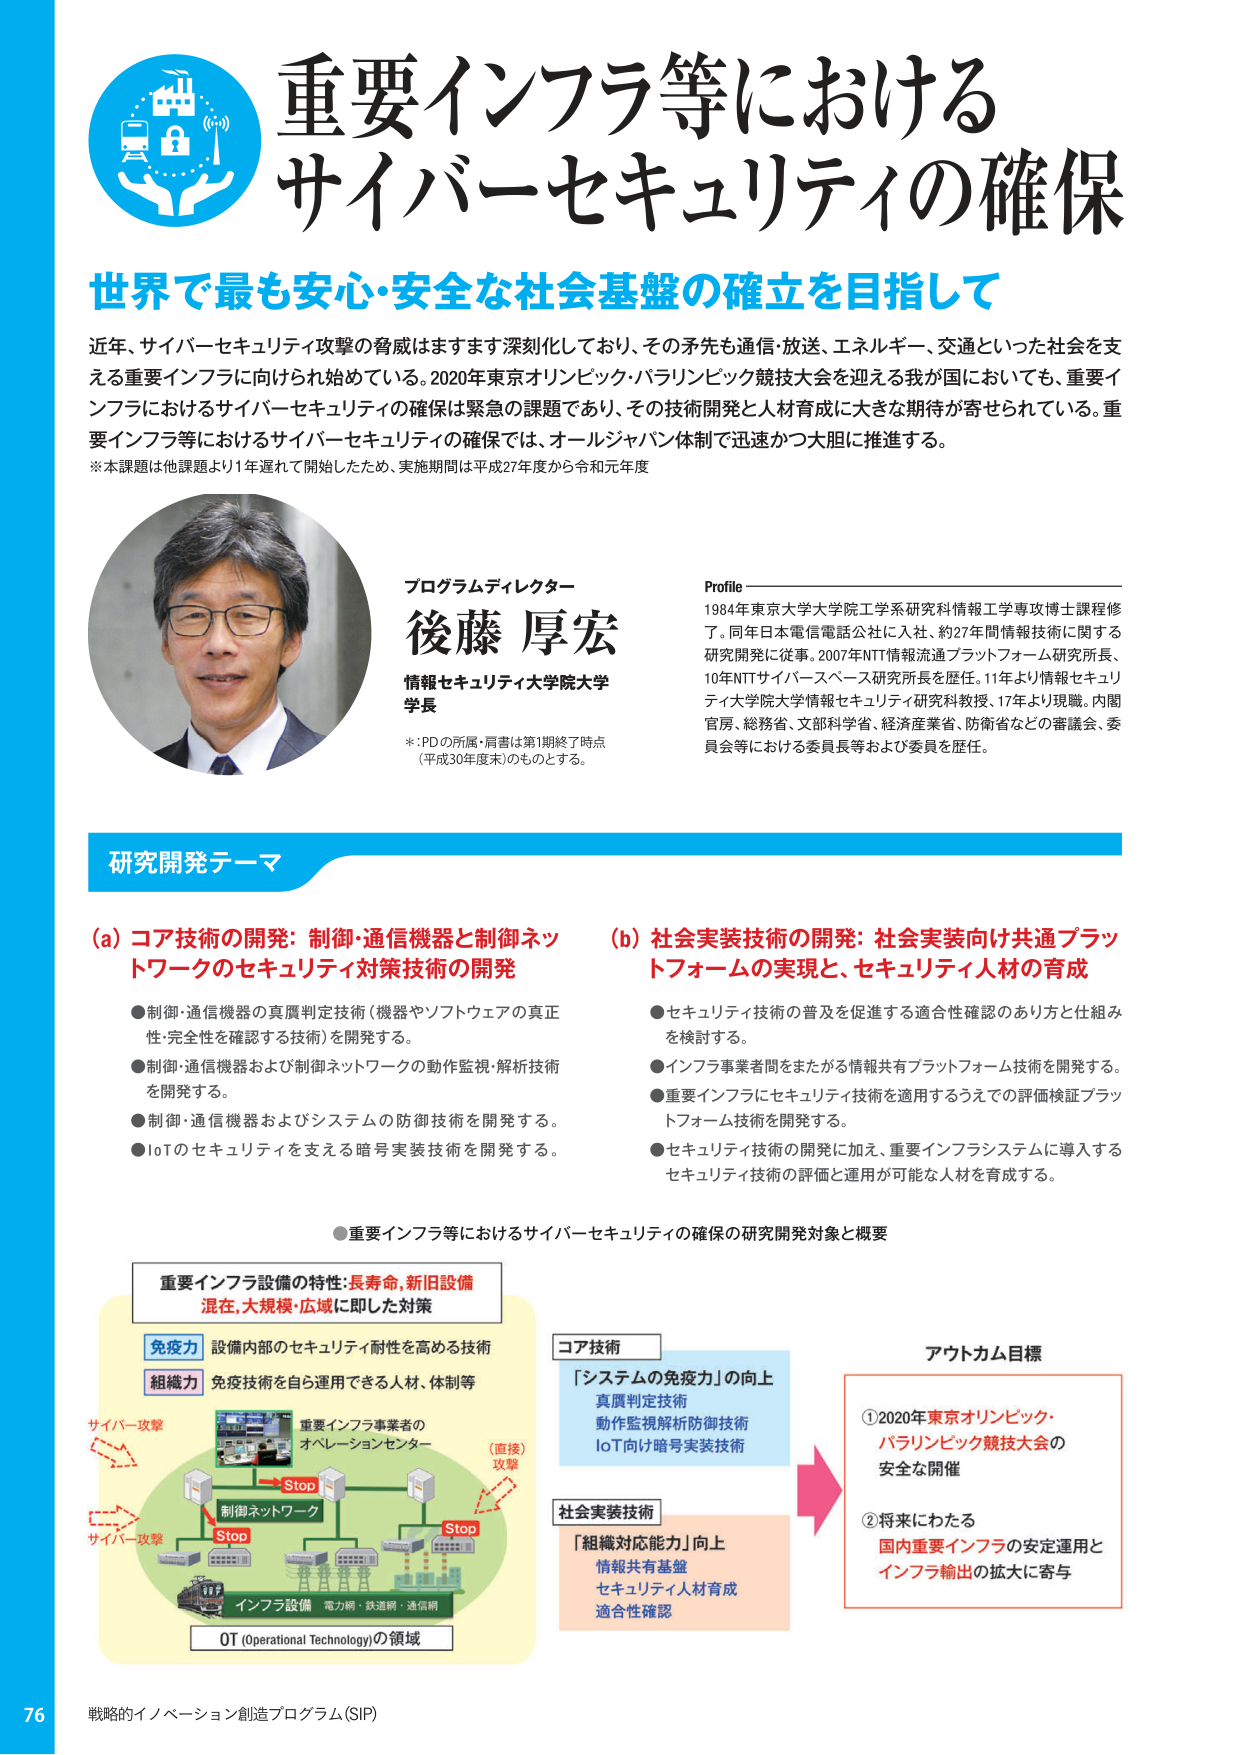
重要インフラ等における
サイバーセキュリティの確保

世界で最も安心・安全な社会基盤の確立を目指して

近年、サイバーセキュリティ攻撃の脅威はますます深刻化しており、その矛先も通信・放送、エネルギー、交通といった社会を支える重要インフラに向けられ始めている。2020年東京オリンピック・パラリンピック競技大会を迎える我が国においても、重要インフラにおけるサイバーセキュリティの確保は緊急の課題であり、その技術開発と人材育成に大きな期待が寄せられている。重要インフラ等におけるサイバーセキュリティの確保では、オールジャパン体制で迅速かつ大胆に推進する。
※本課題は他課題より1年遅れて開始したため、実施期間は平成27年度から令和元年度

プログラムディレクター
後藤 厚宏
情報セキュリティ大学院大学
学長
※：PDの所属・肩書は第1期終了時点（平成30年度末）のものとする。

Profile
1984年東京大学大学院工学系研究科情報工学専攻博士課程修了。同年日本電信電話公社に入社、約27年間情報技術に関する研究開発に従事。2007年NTT情報流通プラットフォーム研究所長、10年NTTサイバースペース研究所長を歴任。11年より情報セキュリティ大学院大学情報セキュリティ研究科教授、17年より現職。内閣官房、総務省、文部科学省、経済産業省、防衛省などの審議会、委員会等における委員長等および委員を歴任。

研究開発テーマ

(a) コア技術の開発：制御・通信機器と制御ネットワークのセキュリティ対策技術の開発
●制御・通信機器の真偽判定技術（機器やソフトウェアの真正性・完全性を確認する技術）を開発する。
●制御・通信機器および制御ネットワークの動作監視・解析技術を開発する。
●制御・通信機器およびシステムの防御技術を開発する。
●IoTのセキュリティを支える暗号実装技術を開発する。

(b) 社会実装技術の開発：社会実装向け共通プラットフォームの実現と、セキュリティ人材の育成
●セキュリティ技術の普及を促進する適合性確認のあり方と仕組みを検討する。
●インフラ事業者間をまたがる情報共有プラットフォーム技術を開発する。
●重要インフラにセキュリティ技術を適用するうえでの評価検証プラットフォーム技術を開発する。
●セキュリティ技術の開発に加え、重要インフラシステムに導入するセキュリティ技術の評価と運用が可能な人材を育成する。

●重要インフラ等におけるサイバーセキュリティの確保の研究開発対象と概要

重要インフラ設備の特性：長寿命、新旧設備混在、大規模・広域に即した対策

免疫力
設備内部のセキュリティ耐性を高める技術

組織力
免疫技術を自ら運用できる人材、体制等

サイバー攻撃
（直接）攻撃
制御ネットワーク
Stop
Stop
インフラ設備 電力網・鉄道網・通信網
OT (Operational Technology)の領域

重要インフラ事業者の
オペレーションセンター

コア技術
「システムの免疫力」の向上
真偽判定技術
動作監視解析防御技術
IoT向け暗号実装技術

社会実装技術
「組織対応能力」向上
情報共有基盤
セキュリティ人材育成
適合性確認

アウトカム目標
①2020年東京オリンピック・パラリンピック競技大会の安全な開催
②将来にわたる国内重要インフラの安定運用とインフラ輸出の拡大に寄与

76 戦略的イノベーション創造プログラム(SIP)